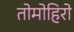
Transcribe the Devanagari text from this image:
तोमोहिरो